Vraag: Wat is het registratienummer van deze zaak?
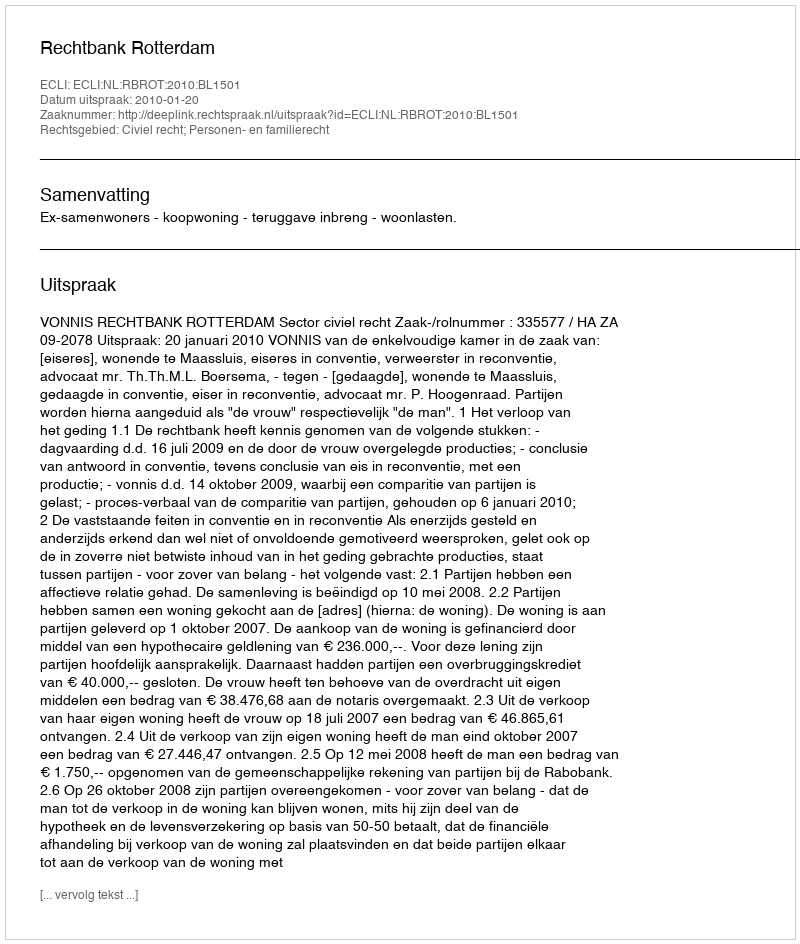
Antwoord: http://deeplink.rechtspraak.nl/uitspraak?id=ECLI:NL:RBROT:2010:BL1501